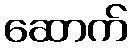
ဆောက်